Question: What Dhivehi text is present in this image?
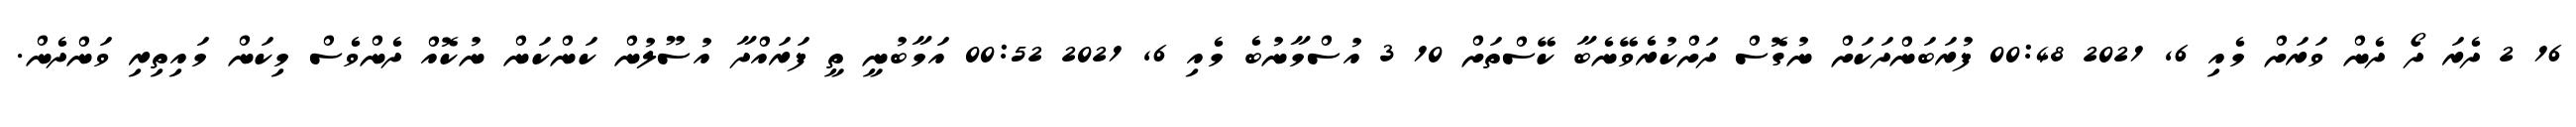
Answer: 16 2 ދެރަ ދޯ ދެން ވަރަށް މެއި 6, 2021 00:48 ފުރަބަންދަކަށް ނުގޮސް ދަށްކުރެވޭނެބާ ކޭސްތަށް 10 3 އުސްމާނުބެ މެއި 6, 2021 00:52 އަމާބުނީ ތީ ފަރައްދާ އުސޫލުން ކަންކަން ނުކޮއް ދެންވެސް މިކަން މައިތިރި ވަންދެން.